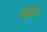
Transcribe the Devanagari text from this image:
चहेतों